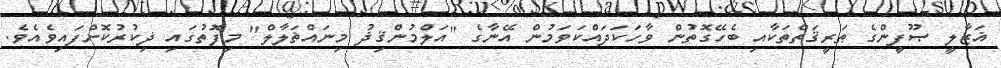
ޣަޒާލީ ޞޫފީންގެ ޠަރީޤަތްތަކާއި ބެހޭގޮތުން ވާހަކަދައްކަވަމުން އޭނާގެ "އަލްމުންޤިޛު މިނައްޡަލާލް" މިފޮތުގައި ޛިކުރުކޮށްފައިވެއެވެ.